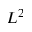
L ^ { 2 }